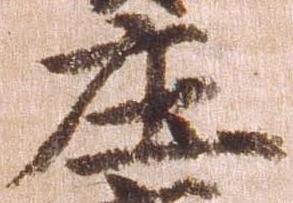
庄